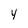
Character: y